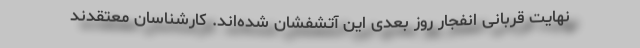
نهایت قربانی انفجار روز بعدی این آتشفشان شده‌اند. کارشناسان معتقدند